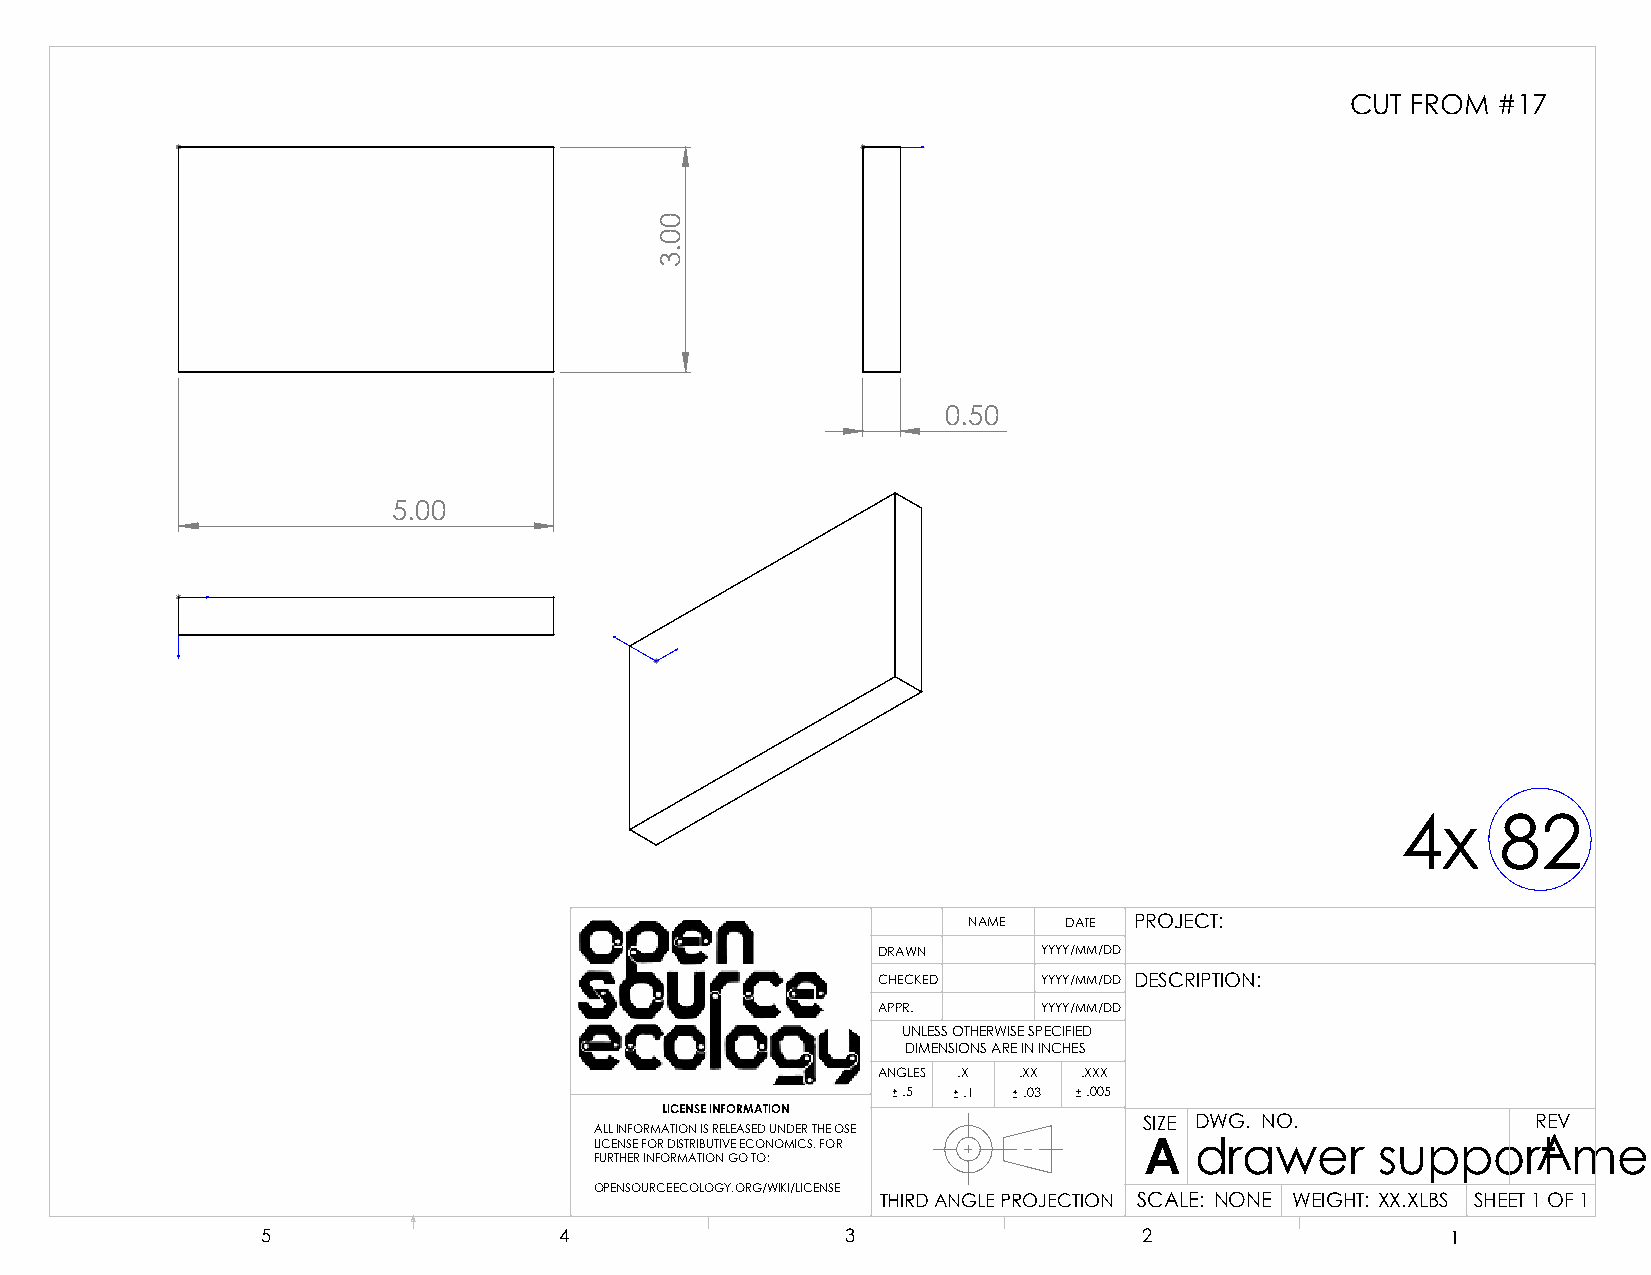
CUT FROM  #17
 0.50
 5.00
 4x    82
 NAME  DATE PROJECT:
 DRAWN      YYYY/MM/DD
 CHECKED    YYYY/MM/DD DESCRIPTION:
 APPR.      YYYY/MM/DD
 UNLESS OTHERWISE SPECIFIED
 DIMENSIONS ARE IN INCHES
 ANGLES .X .XX .XXX
 .5  .1  .03 .005
 LICENSE INFORMATION
 SIZE DWG. NO.             REV
 ALL INFORMATION IS RELEASED UNDER THE OSE
 LICENSE FOR DISTRIBUTIVE ECONOMICS. FOR A drawer    supporAt     member
 FURTHER INFORMATION GO TO:
 OPENSOURCEECOLOGY.ORG/WIKI/LICENSE
 THIRD ANGLE PROJECTION SCALE: NONE WEIGHT: XX.XLBS SHEET 1 OF 1
 5                   4                  3                   2                   1
 00.3